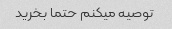
توصیه میکنم حتما بخرید